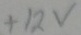
Text: +12v